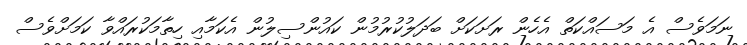
ނަމަވެސް އެ މަސައްކަތް އެހެން ރަށަކަށް ބަދަލުކުރުމުން ކައުންސިލުން އެކަމާއި ހިތާމަކުރައްވާ ކަމަށްވެސް